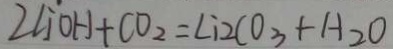
2 \angle j ^ { . } O H + C O _ { 2 } = \angle i 2 C O _ { 3 } + H _ { 2 } O